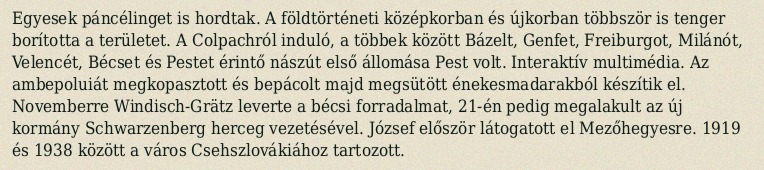
Egyesek páncélinget is hordtak. A földtörténeti középkorban és újkorban többször is tenger borította a területet. A Colpachról induló, a többek között Bázelt, Genfet, Freiburgot, Milánót, Velencét, Bécset és Pestet érintő nászút első állomása Pest volt. Interaktív multimédia. Az ambepoluiát megkopasztott és bepácolt majd megsütött énekesmadarakból készítik el. Novemberre Windisch-Grätz leverte a bécsi forradalmat, 21-én pedig megalakult az új kormány Schwarzenberg herceg vezetésével. József először látogatott el Mezőhegyesre. 1919 és 1938 között a város Csehszlovákiához tartozott.